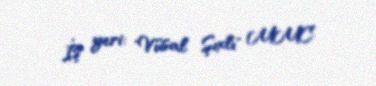
İş yeri: "Vüsal Şıxlı" MMC